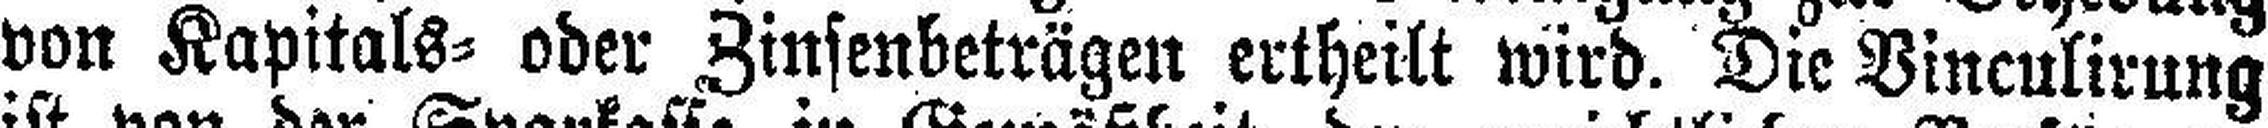
von Kapitals= oder Zinsenbeträgen ertheilt wird. Die Vinculirung